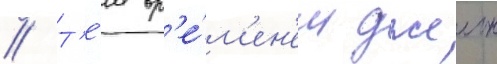
// Т'е́м вр'е́м'ен'ем джеин